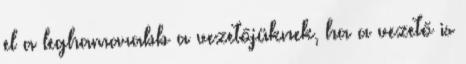
el a leghamarabb a vezetőjüknek, ha a vezető is